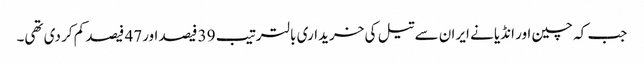
جب کہ چین اور انڈیا نے ایران سے تیل کی خریداری بالترتیب 39 فیصد اور47 فیصد کم کر دی تھی۔